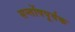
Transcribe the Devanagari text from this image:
सन्तोंषपूर्वक